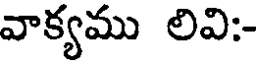
వాక్యము లివి:-